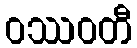
ဝဿဝတီ